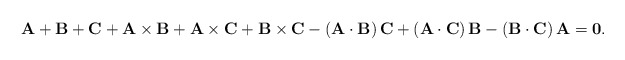
\begin{align*} \bf{A}+\bf{B}+\bf{C}+\bf{A}\times\bf{B}+\bf{A}\times\bf{C} +\bf{B}\times\bf{C}-(\bf{A}\cdot\bf{B})\,\bf{C} +(\bf{A}\cdot\bf{C})\,\bf{B}-(\bf{B}\cdot\bf{C})\,\bf{A} = 0.\end{align*}